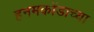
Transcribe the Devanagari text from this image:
हनमकोंडाच्या